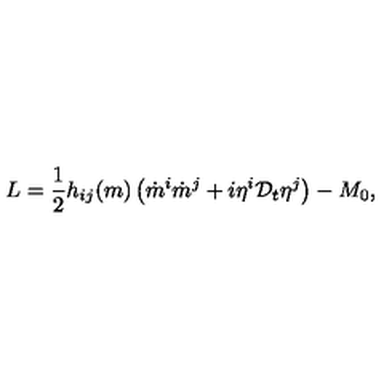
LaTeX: L = \frac { 1 } { 2 } h _ { i j } ( m ) \left( \dot { m } ^ { i } \dot { m } ^ { j } + i \eta ^ { i } { \cal D } _ { t } \eta ^ { j } \right) - M _ { 0 } ,